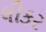
લીકર